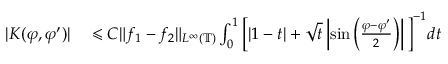
\begin{array} { r l } { | K ( \varphi , \varphi ^ { \prime } ) | } & { { } \leqslant C \| f _ { 1 } - f _ { 2 } \| _ { L ^ { \infty } ( \mathbb { T } ) } \int _ { 0 } ^ { 1 } \Big [ | 1 - t | + \sqrt { t } \left| \sin \left( \frac { \varphi - \varphi ^ { \prime } } { 2 } \right) \right| \Big ] ^ { - 1 } d t } \end{array}